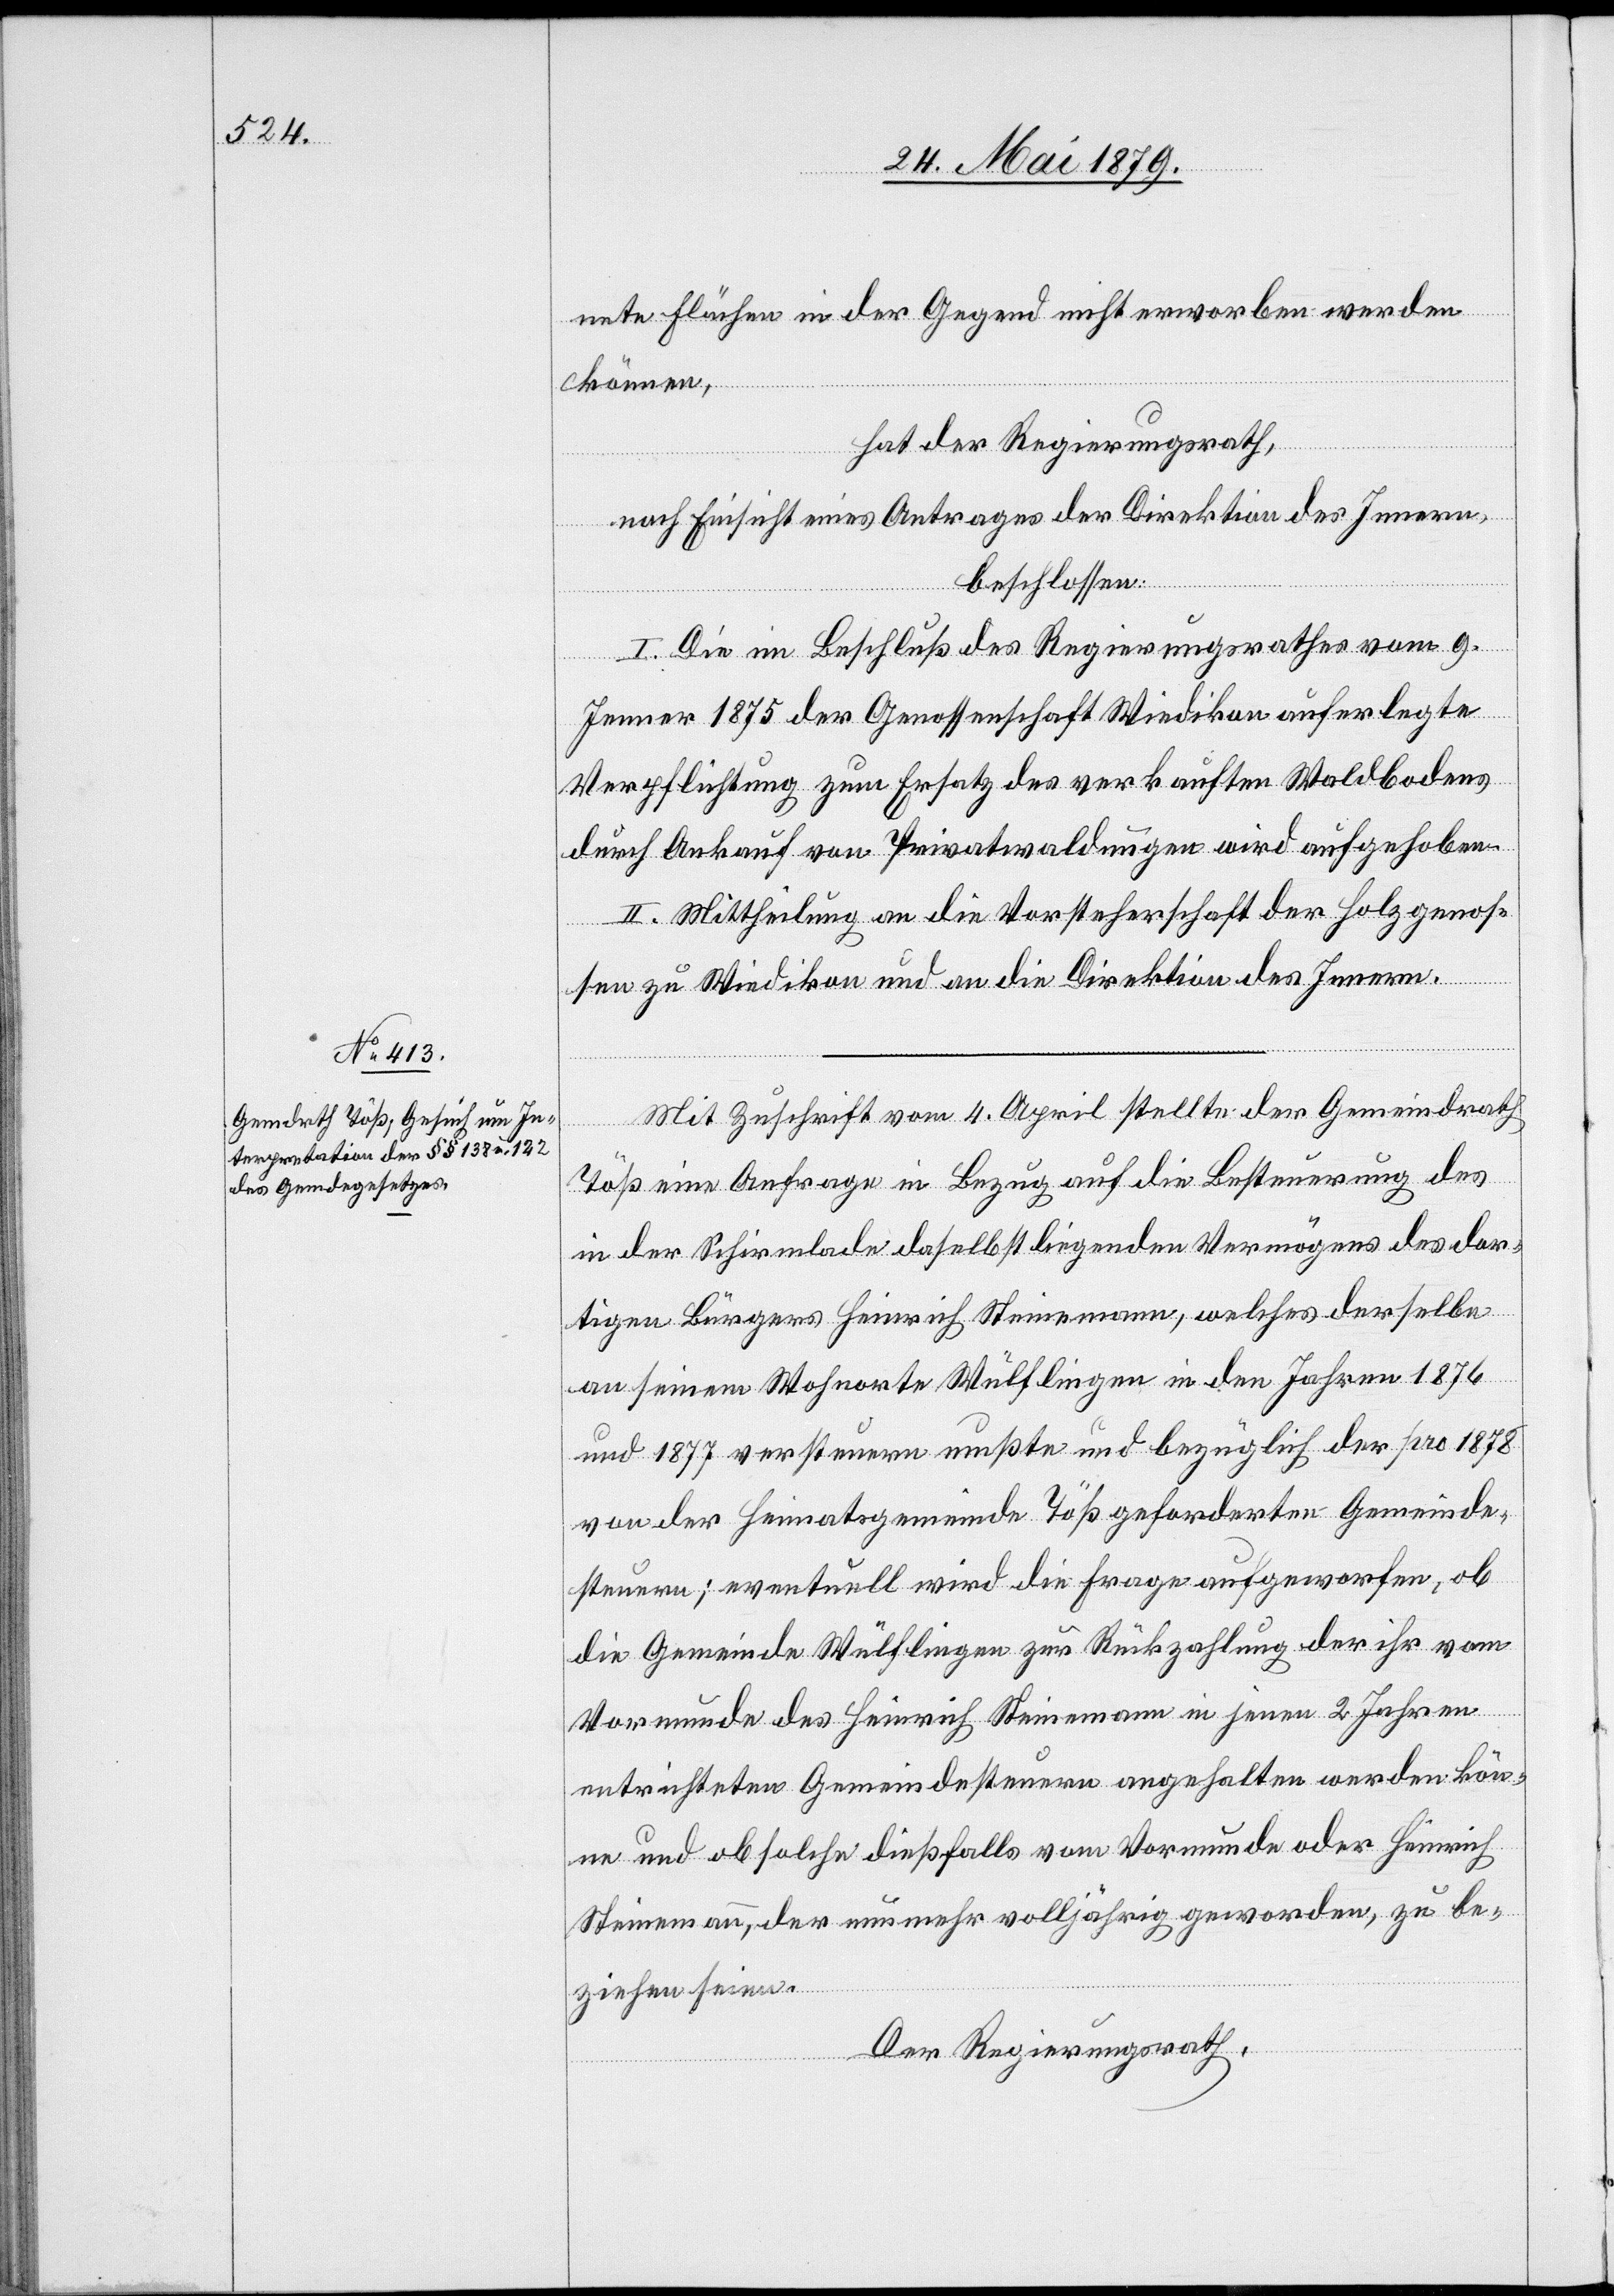
nete Flächen in der Gegend nicht erworben werden
können,
hat der Regierungsrath,
nach Einsicht eines Antrages der Direktion des Innern,
beschlossen:
I. Die im Beschluß des Regierungsrathes vom 9.
Jenner 1875 der Genossenschaft Wiedikon auferlegte
Verpflichtung zum Ersatz des verkauften Waldbodens
durch Ankauf von Privatwaldungen wird aufgehoben.
II. Mittheilung an die Vorsteherschaft der Holzgenos¬
sen zu Wiedikon und an die Direktion des Innern.
Mit Zuschrift vom 4. April stellte der Gemeindrath
Töß eine Anfrage in Bezug auf die Besteuerung des
in der Schirmlade daselbst liegenden Vermögens des dor¬
tigen Bürgers Heinrich Steinemann, welches derselbe
an seinem Wohnhorte Wülflingen in den Jahren 1876
und 1877 versteuern mußte und bezüglich der pro 1878
von der Heimatsgemeinde Töß geforderten Gemeinde¬
steuern; eventuell wird die Frage aufgeworfen, ob
die Gemeinde Wülflingen zur Rückzahlung der ihr vom
Vormunde des Heinrich Steinemann in jenen 2 Jahren
entrichteten Gemeindesteuern angehalten werden kön¬
ne und ob solche dießfalls vom Vormunde oder Heinrich
Steinemann, der nunmehr volljährig geworden, zu be¬
ziehen seien.
Der Regierungsrath,